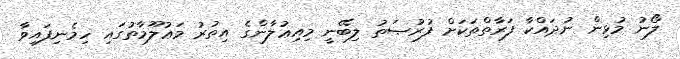
ލޯނު މުޅިން ނުދައްކާ ފަރާތްތަކަށް ފުރުޞަތު ލިބޭނީ މިއިޢުލާންގެ އިތުރު މަޢުލޫމާތުގައި ހިމެނިފައިވާ